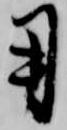
用